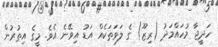
ހަދީޖާ މުހައްމަދު (ރިޒޫ) ގެ ލަވަތަކެއް އަޑު އިވޭނެ އެވެ. މީގެ އިތުރުން